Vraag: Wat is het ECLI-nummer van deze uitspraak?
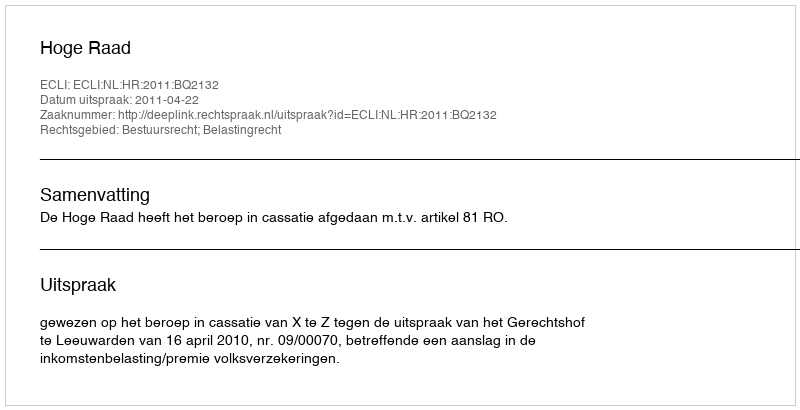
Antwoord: ECLI:NL:HR:2011:BQ2132